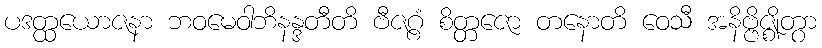
ပဒတ္ထယောဇနာ ဘဝမေဝါဘိနန္ဒတီတိ ဗီဇဂ္ဂံ စိတ္တဇော တနောတိ ဝေသီ အနိဗ္ဗိဇ္ဈိတွာ